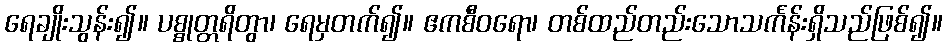
ရေချိုးသွန်း၍။ ပစ္စုတ္တရိတွာ၊ ရေမှတက်၍။ ဧကစီဝရော၊ တစ်ထည်တည်းသောသင်္ကန်းရှိသည်ဖြစ်၍။